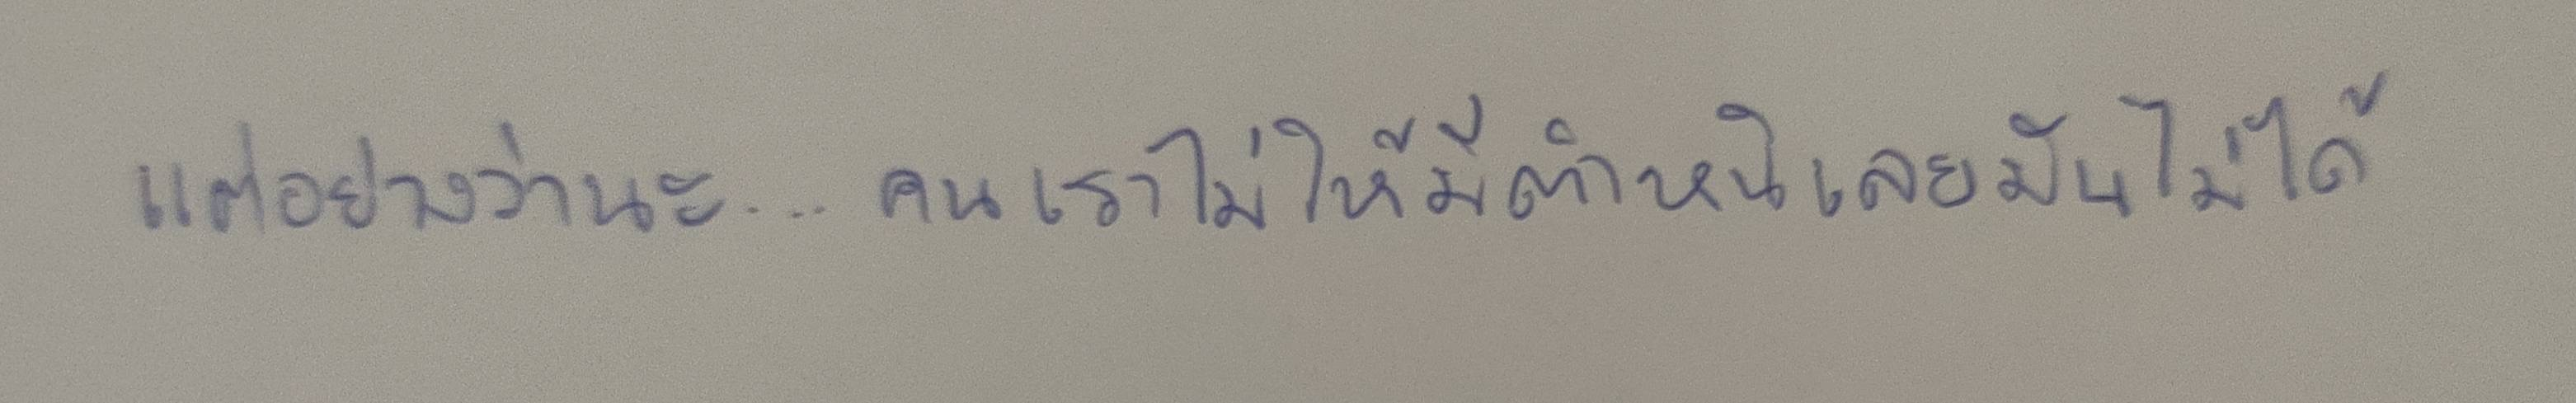
แต่อย่างว่านะ...คนเราไม่ให้มีตำหนิเลยมันไม่ได้